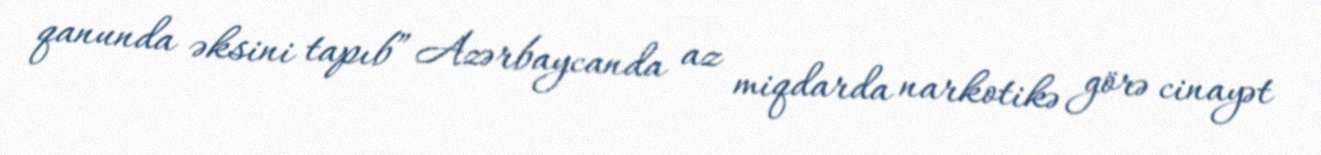
qanunda əksini tapıb” Azərbaycanda az miqdarda narkotikə görə cinayət